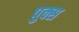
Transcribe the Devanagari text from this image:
पुक्स